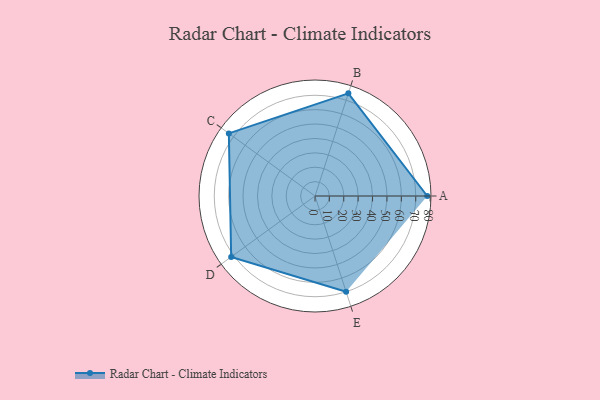
{"axis": {"x": "Skill", "y": "Score"}, "legend": ["Profile"], "data": [{"x": "A", "y": 78.0, "type": "Profile"}, {"x": "B", "y": 75.0, "type": "Profile"}, {"x": "C", "y": 74.0, "type": "Profile"}, {"x": "D", "y": 72.0, "type": "Profile"}, {"x": "E", "y": 70.0, "type": "Profile"}]}